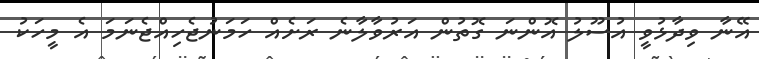
އޭނާ ވިދާޅުވީ އުސޫލު އޮންނަ ގޮތުން އަރުވާލާނެ ރަށެއް ހަމަނުޖެހިއްޖެނަމަ އެ މީހަކު